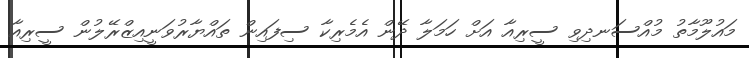
މައުލޫމާތު މުއްސަނދިވި ސީރިއާ އަށް ހަމަލާ ދޭން އެމެރިކާ ސިފައިން ތައްޔާރުވަނީއިޒްރޭލުން ސީރިއާ